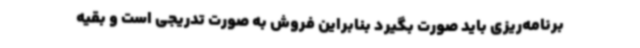
برنامه‌ریزی باید صورت بگیرد بنابراین فروش به صورت تدریجی است و بقیه